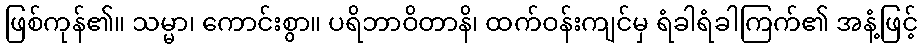
ဖြစ်ကုန်၏။ သမ္မာ၊ ကောင်းစွာ။ ပရိဘာဝိတာနိ၊ ထက်ဝန်းကျင်မှ ရံခါရံခါကြက်၏ အနံ့ဖြင့်